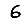
Digit: 6